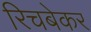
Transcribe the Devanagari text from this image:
रिचबेकर